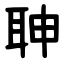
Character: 䎶